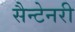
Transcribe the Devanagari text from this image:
सैन्टेनरी